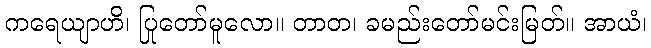
ကရေယျာဟိ၊ ပြုတော်မူလော။ တာတ၊ ခမည်းတော်မင်းမြတ်။ အာယံ၊